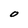
Character: 0